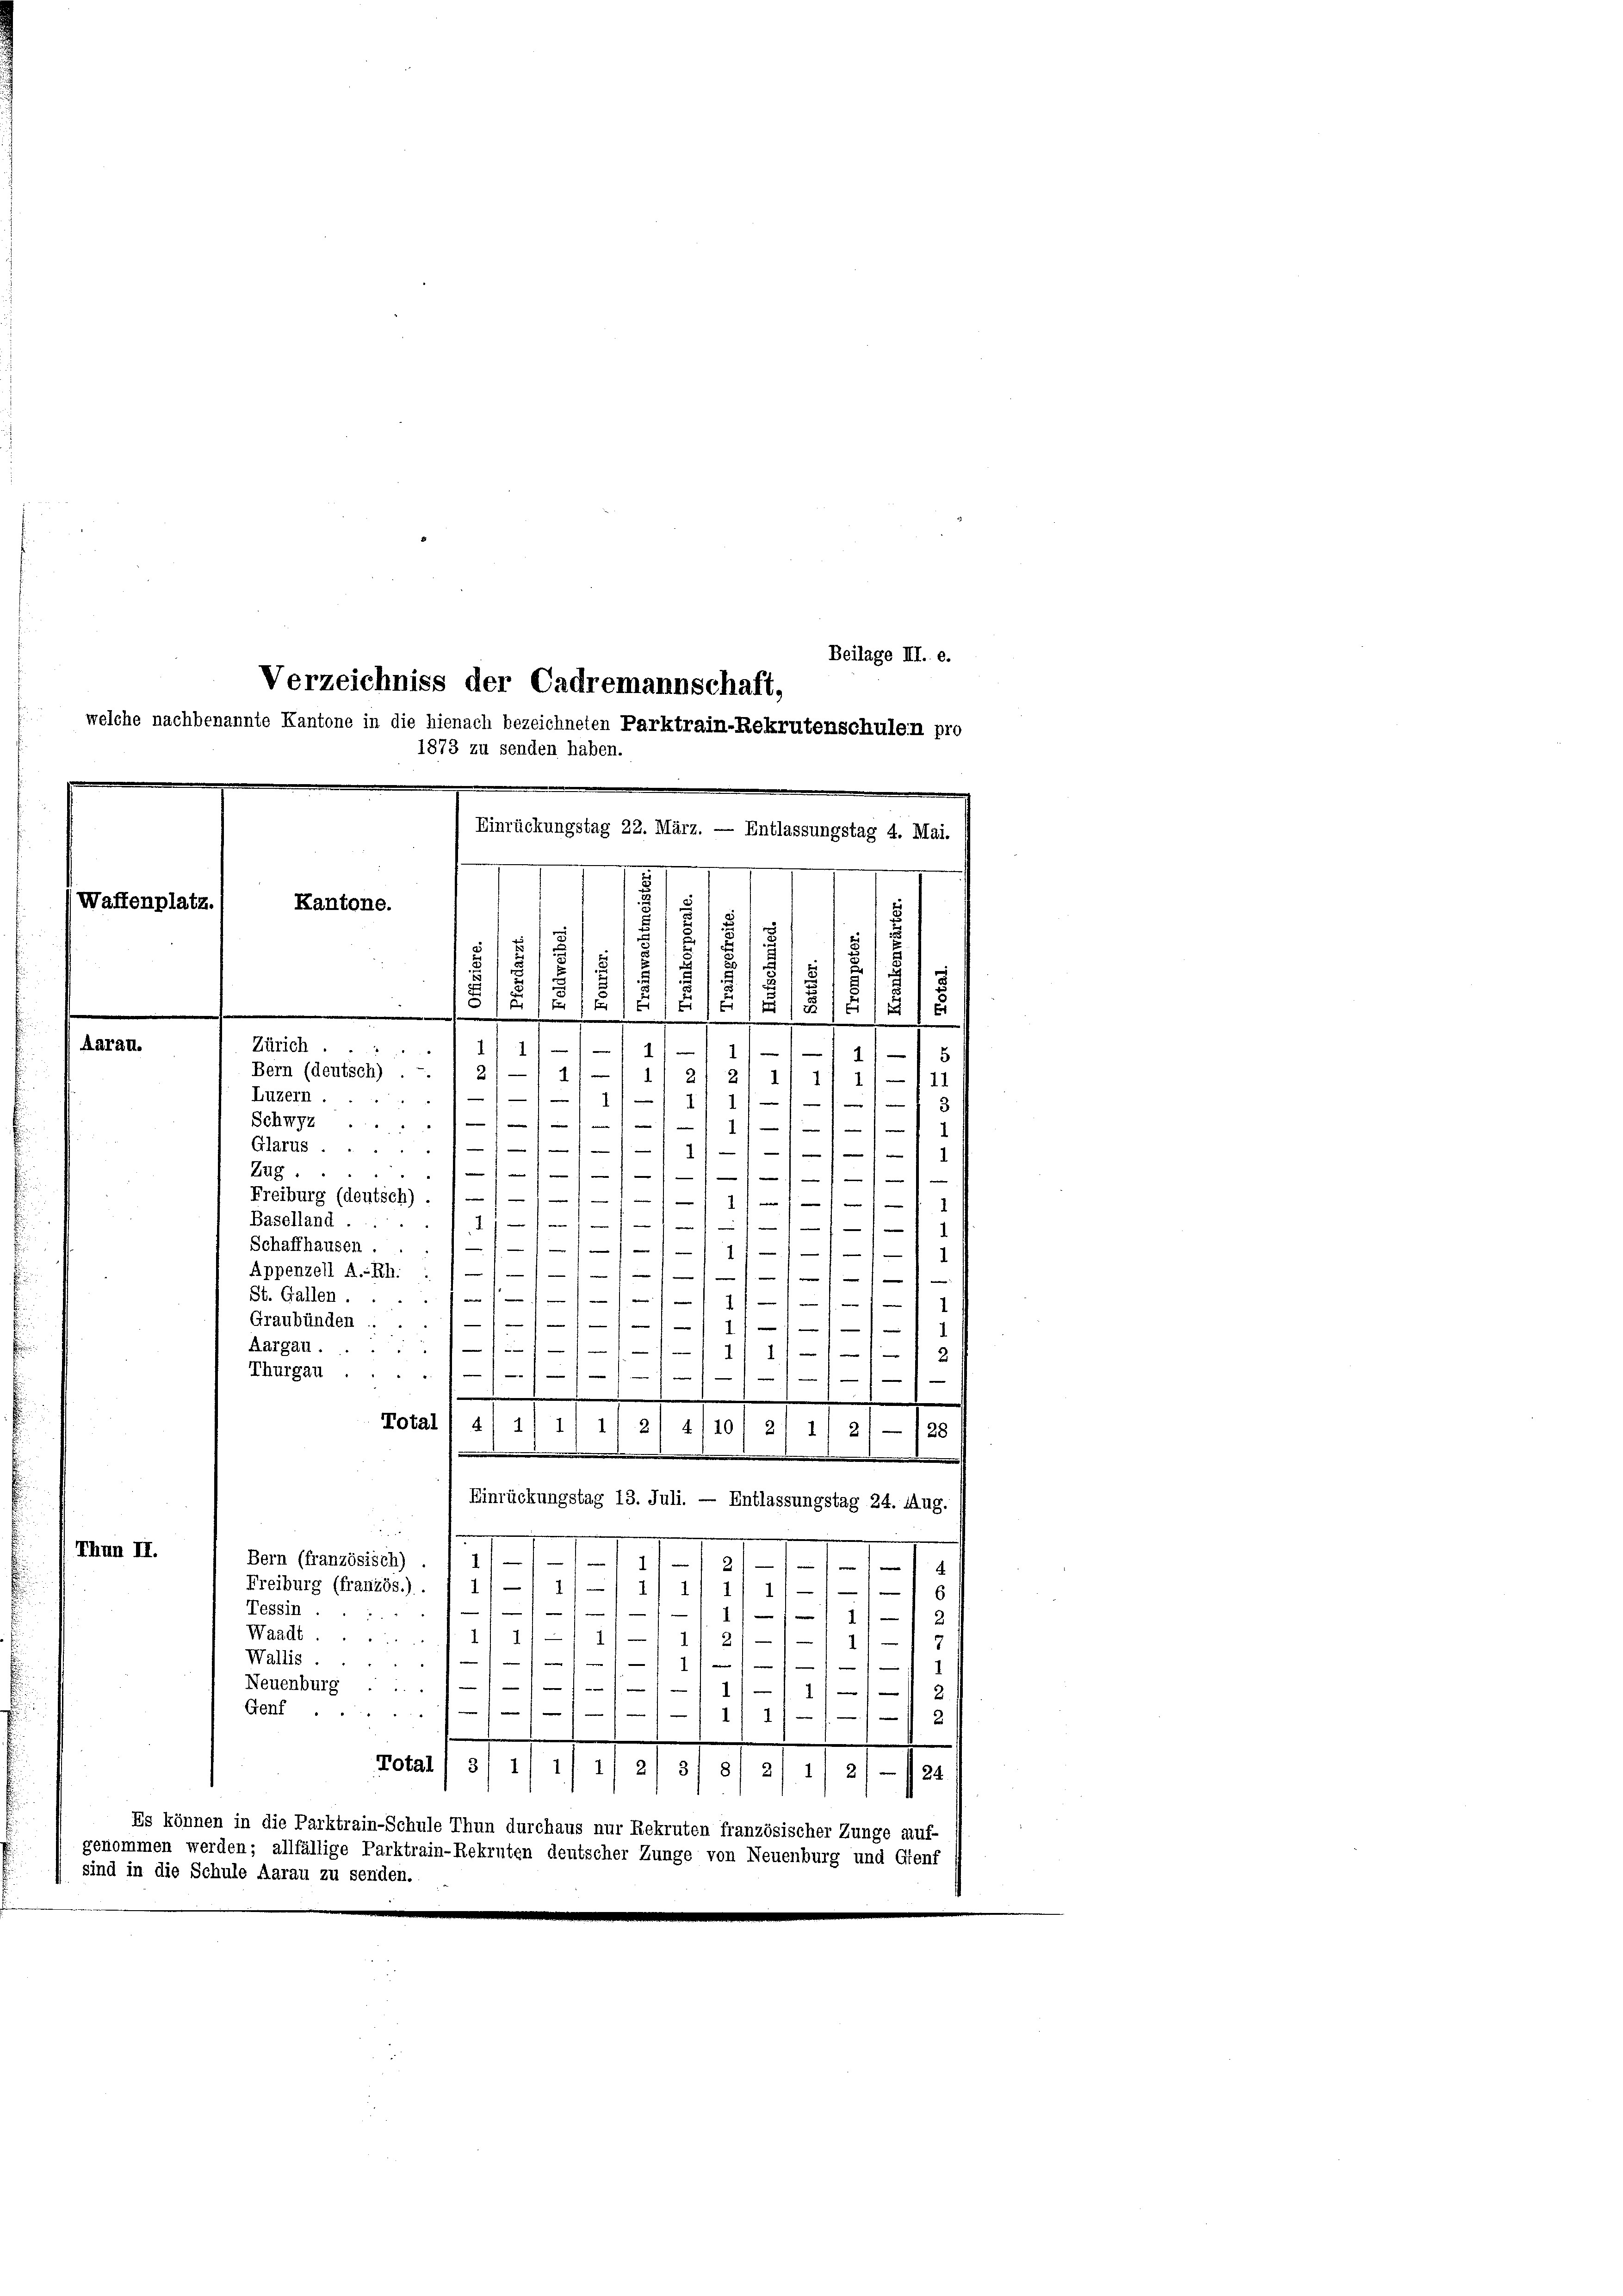
Waffenplatz.
Aarau.

Beilage III. e.
Verzeichniss der Cadremannschaft,
welche nachbenannte Kantone in die hienach bezeichneten Parktrain-Rekrutenschulen pro
1873 zu senden haben.
Einrückungstag 22. März. — Entlassungstag 4. Mai.
.
Kantone.
12
.
8
t
u
.
u
/
3
.
.
.
e
1
Zürich ...
—

1
1
111
.
1)
2)
Bern (deutsch) .
1
1
1
2
d
21 1/
11
1
Luzern

111 1/
f
3
Schwyz 11. 1
e
1
.

Glarus.
)

Zug.
///
)
1
Freiburg (deutsch) . / — / — / — / —11
1
v
Baselland ..
41         1
Schaffhausen ...//////
1
Appenzell A.-Rh. : //////
e

—
St. Gallen . . .                     4 f 1 1
Graubünden ..11////
11/
Aargau 1/1// I

1
2
Thurgau
.
.
.
Total / 411/11 1/2 4
10/ 2/ 1/ 21/28
Einrückungstag 13. Juli. — Entlassungstag 24. Aug.

(Thun II.
Bern (französisch)
.
.18... 191
Freiburg (französ.).
e
/1/11 111/11
Tessin,

e
1
Waadt.
111/1 1/

2
Wallis.
|

1

.

Neuenburg ....
1
11/11/
ner
Genf.
1
e
Total 1 3/ 1/ 1/ 1
2
318/ 2/ 1) 2) — 124
Es können in die Parktrain-Schule Thun durchaus nur Rekruten französischer Zunge auf-
genommen werden; allfällige Parktrain-Rekruten deutscher Zunge von Neuenburg und Genf
sind in die Schule Aarau zu senden.

.